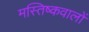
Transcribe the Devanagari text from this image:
मस्तिष्कवालों